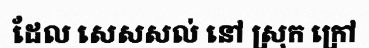
ដែល សេសសល់ នៅ ស្រុក ក្រៅ